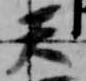
天